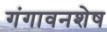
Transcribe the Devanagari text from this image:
गंगावनशेष